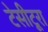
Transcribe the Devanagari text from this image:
टेसीटूरा